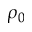
\rho _ { 0 }